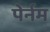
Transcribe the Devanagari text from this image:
पेर्नम